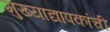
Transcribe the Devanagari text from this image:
मुख्‍याद्यापकांची